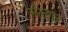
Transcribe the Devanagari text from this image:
मैलात